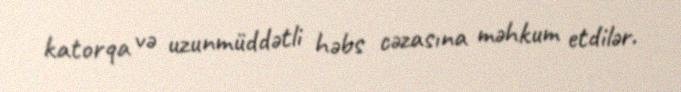
katorqa və uzunmüddətli həbs cəzasına məhkum etdilər.